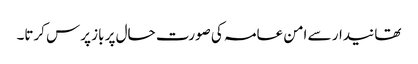
تھانیدار سے امن عامہ کی صورت حال پر باز پرس کرتا۔